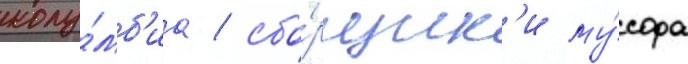
колу́мб'иа / сбо́рщик'и му́сора